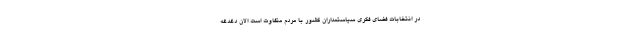
در انتخابات فضای فکری سیاستمداران کشور با مردم متفاوت است الان دغدغه